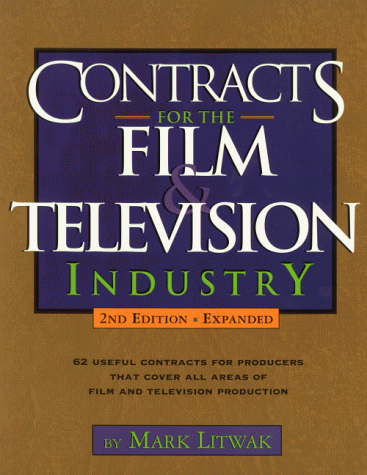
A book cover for Contracts for the Film & Television Industry; Mark Litwak; Law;